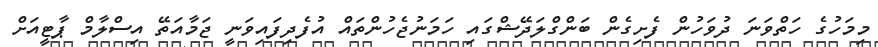
މިމަހުގެ ހަތްވަނަ ދުވަހުން ފެށިގެން ބަންގްލަދޭޝްގައި ހަމަނުޖެހުންތައް އުފެދިފައިވަނީ ޖަމާއަތޭ އިސްލާމް ޕާޓީއަށް